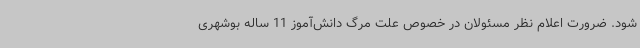
شود. ضرورت اعلام نظر مسئولان در خصوص علت مرگ دانش‌آموز 11 ساله بوشهری